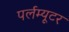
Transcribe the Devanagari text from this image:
पर्लम्यूटर